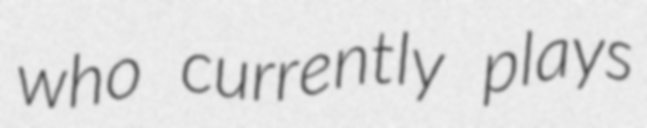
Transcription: who currently plays